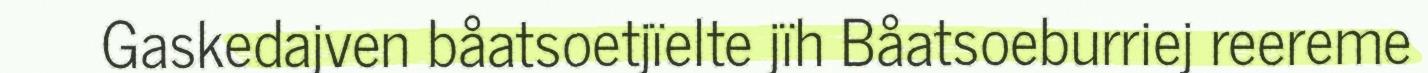
Gaskedajven båatsoetjïelte jïh Båatsoeburriej reereme